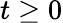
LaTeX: t\geq 0